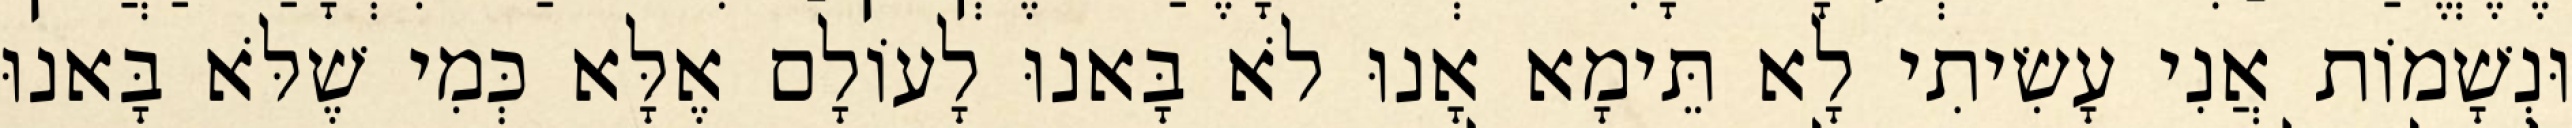
וּנְשָׁמוֹת אֲנִי עָשִׂיתִי לָא תֵּימָא אָנוּ לֹא בָּאנוּ לָעוֹלָם אֶלָּא כְּמִי שֶׁלֹּא בָּאנוּ